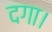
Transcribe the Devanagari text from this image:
दगा।